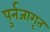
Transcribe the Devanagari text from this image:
पुर्नजागृत